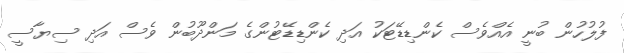
ފުލުހުން ބުނީ އެއްވެސް ކެންޑިޑޭޓަކު އަދި ކެންޑިޑޭޓުންގެ މަންދޫބުން ވެސް އަދި ސިޔާސީ